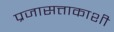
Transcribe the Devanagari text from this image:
प्रजासत्ताकाशी